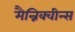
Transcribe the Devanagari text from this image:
मैन्निक्वीन्स